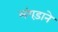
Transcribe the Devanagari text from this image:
लंगड़ाने